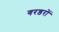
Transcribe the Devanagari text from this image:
गरडरों